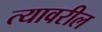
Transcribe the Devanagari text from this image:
त्‍यावरील